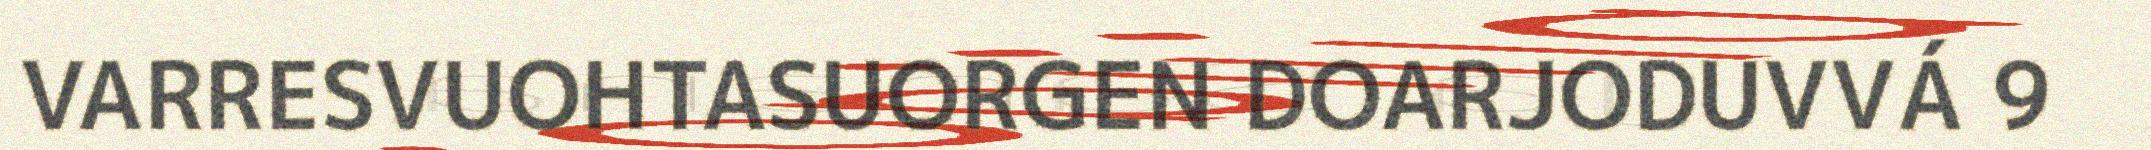
VARRESVUOHTASUORGEN DOARJODUVVÁ 9